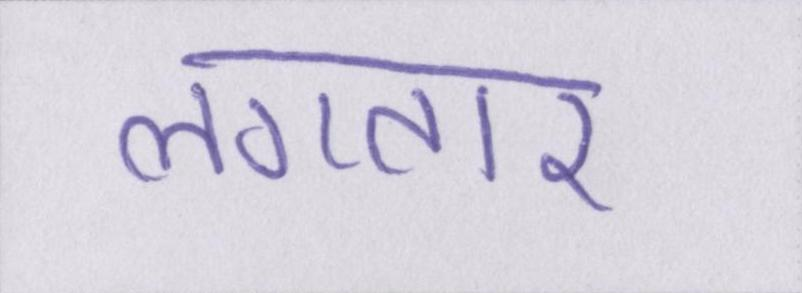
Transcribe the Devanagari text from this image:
लगतार